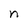
Character: n